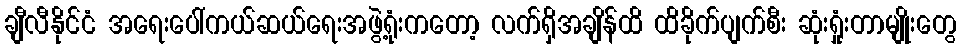
ချီလီနိုင်ငံ အရေးပေါ်ကယ်ဆယ်ရေးအဖွဲ့ရုံးကတော့ လက်ရှိအချိန်ထိ ထိခိုက်ပျက်စီး ဆုံးရှုံးတာမျိုးတွေ